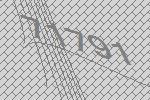
71791